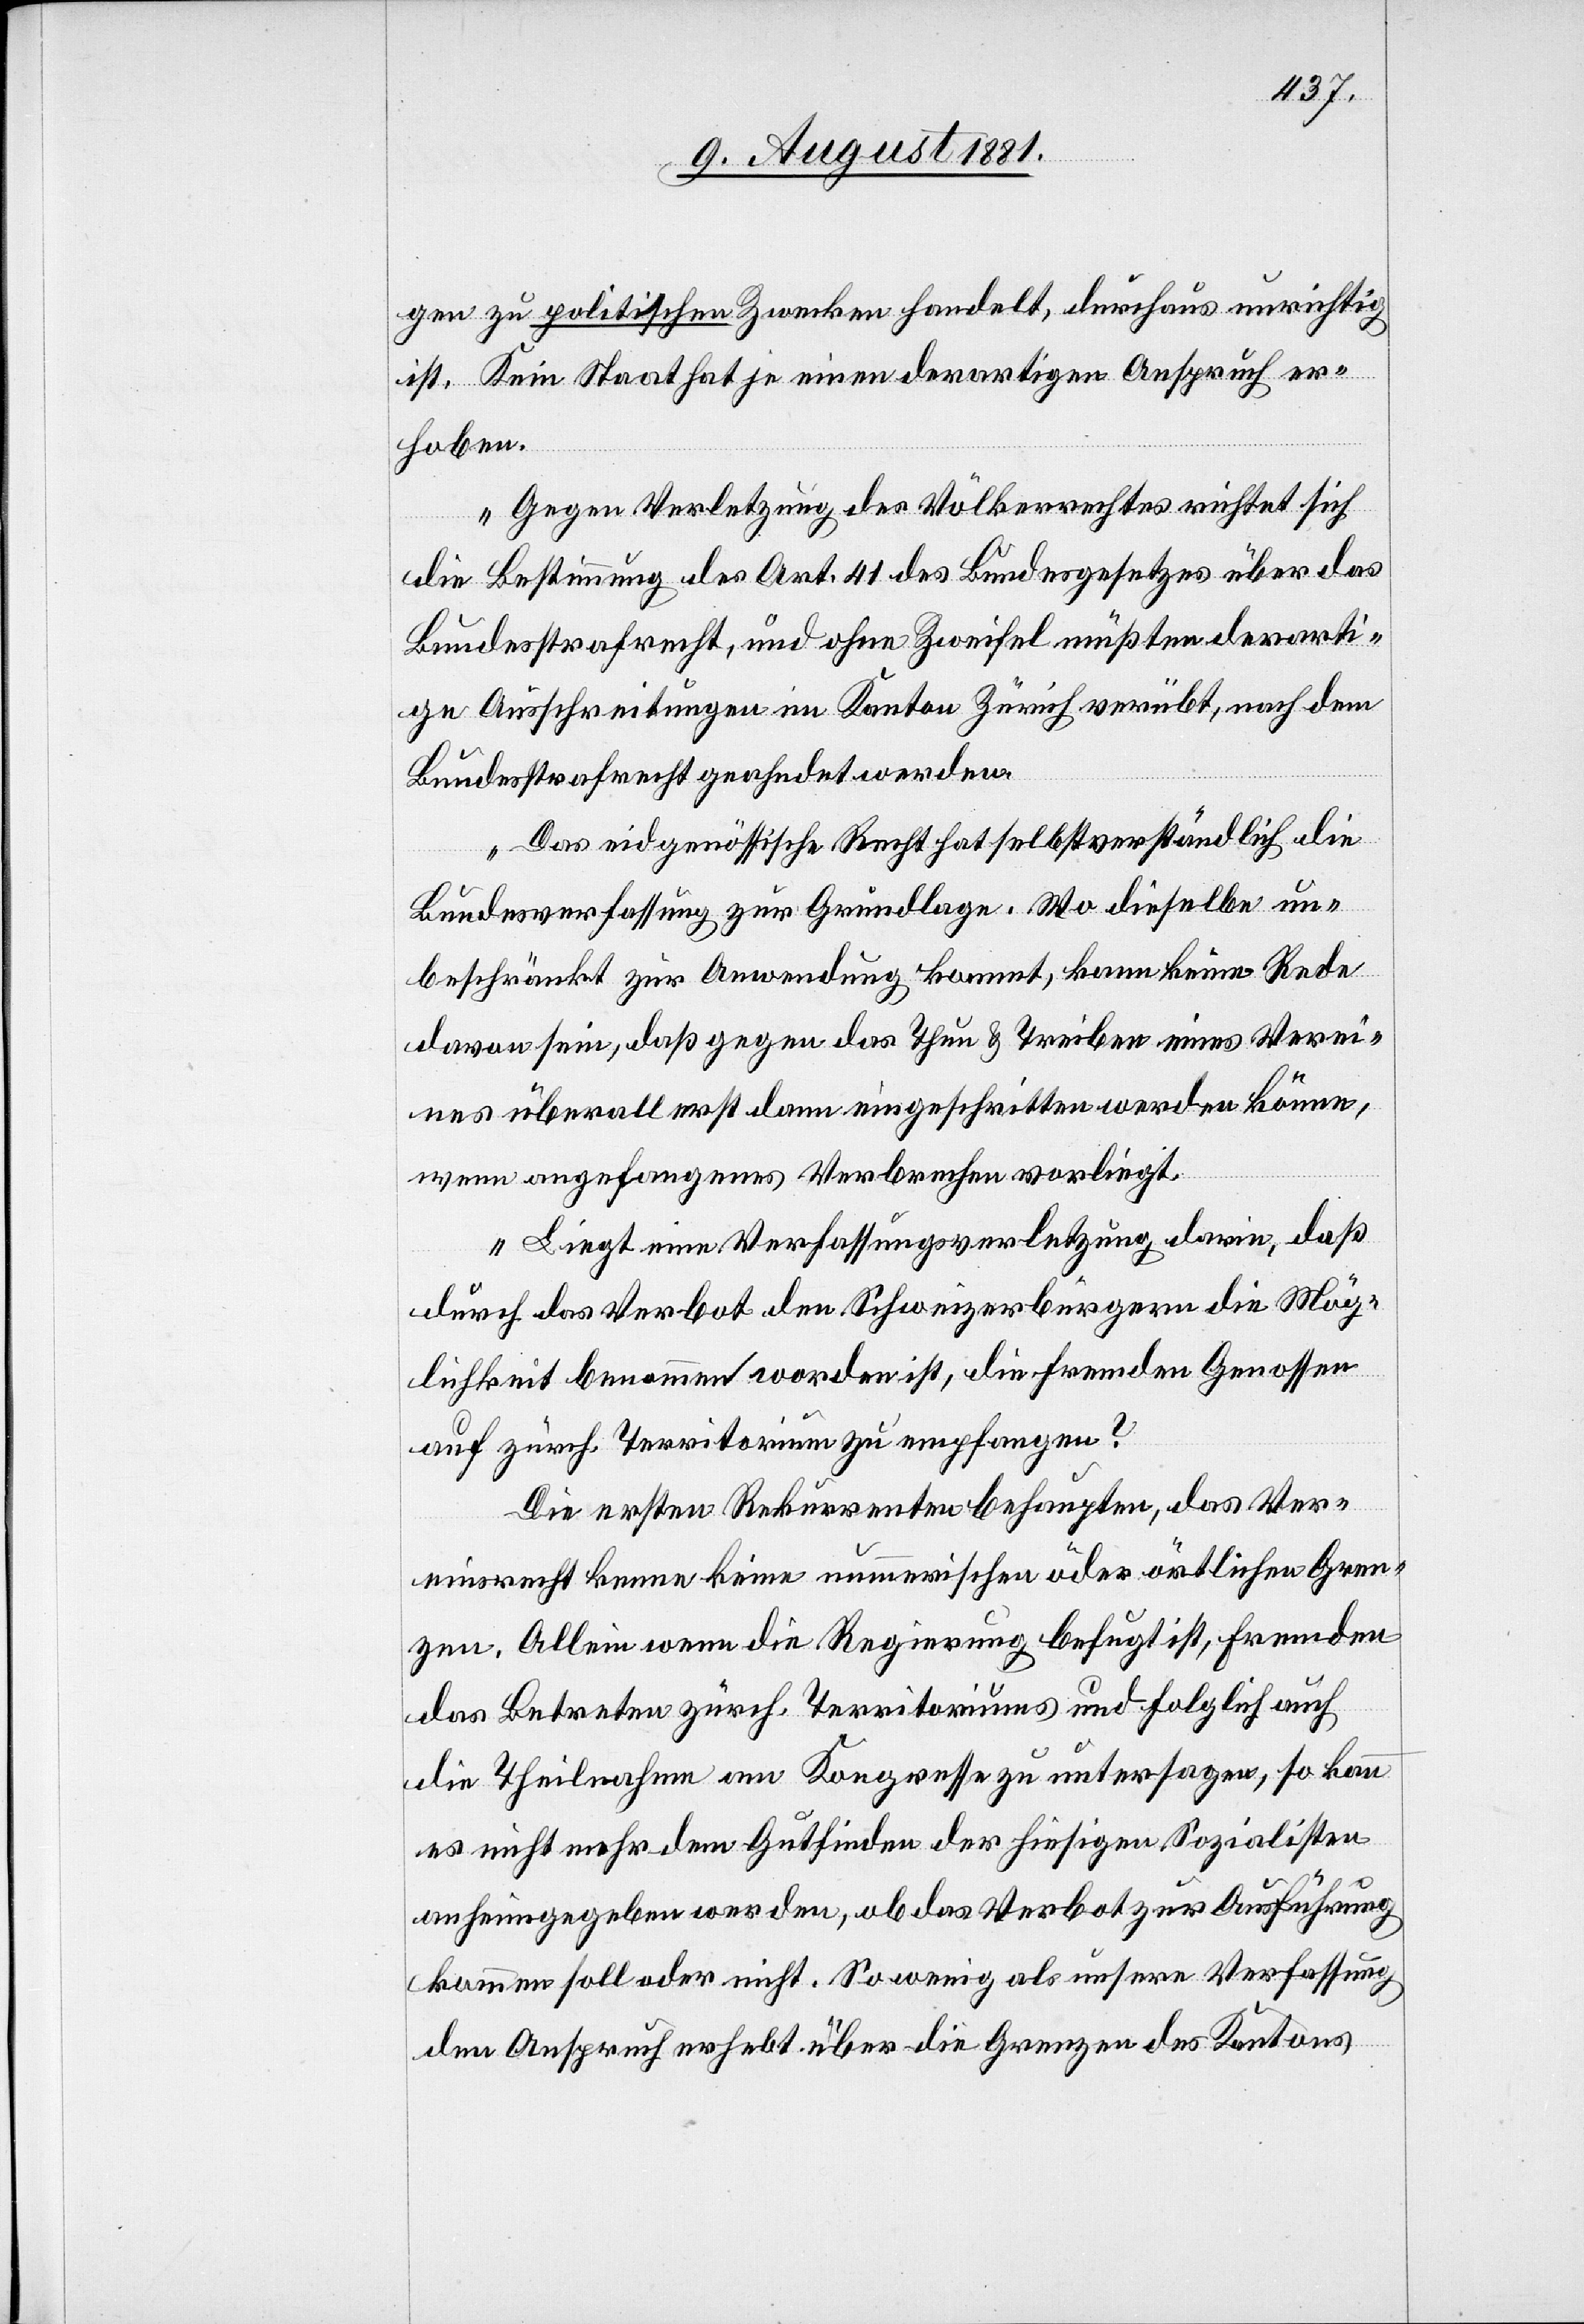
gen zu politischen Zwecken handelt, durchaus unrichtig
ist. Kein Staat hat je einen derartigen Anspruch er¬
hoben.
Gegen Verletzung des Völkerrechtes richtet sich
die Bestimmung des Art. 41 des Bundesgesetzes über das
Bundesstrafrecht, und ohne Zweifel müßten derarti¬
ge Ausschreitungen im Kanton Zürich verübt, nach dem
Bundesstrafrecht geahndet werden.
Das eidgenössische Rech hat selbstverständlich die
Bundesverfassung zur Grundlage. Wo dieselbe un¬
beschränkt zur Anwendung kommt, kann keine Rede
davon sein, daß gegen das Thun & Treiben eines Verei¬
nes überall erst dann eingeschritten werden könne,
wenn angefangenes Verbrechen vorliegt.
Liegt eine Verfassungsverletzung darin, daß
durch das Verbot den Schweizerbürgern die Mög¬
lichkeit benommen worden ist, die fremden Genossen
auf zürch. Territorium zu empfangen?
Die ersten Rekurrenten behaupten, das Ver¬
einsrecht kenne keine nummerischen oder örtlichen Gren¬
zen. Allein wenn die Regierung befugt ist, Fremden
das Betreten zürch. Territoriums und folglich auch
die Theilnahme am Kongresse zu untersagen, so kann
es nicht mehr dem Gutfinden der hiesigen Sozialisten
anheimgegeben werden, ob das Verbot zur Ausführung
kommen soll oder nicht. So wenig als unsere Verfassung
den Anspruch erhebt über die Grenzen des Kantons